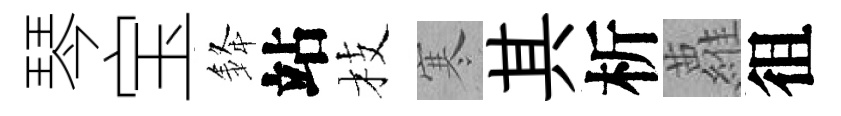
琴宝𨦟站枝寒其析蘿徂